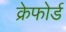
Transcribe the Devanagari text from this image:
क्रेफोर्ड